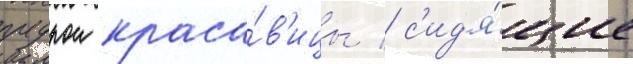
пудрои краса́в'ицы / с'ид'я́щие